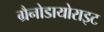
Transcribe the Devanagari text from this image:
ग्रैनोडायोराइट